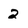
Character: 2